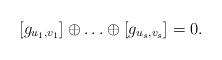
LaTeX: \begin{align*}[g_{u_1,v_1}] \oplus \ldots \oplus [g_{u_s,v_s}] = 0.\end{align*}